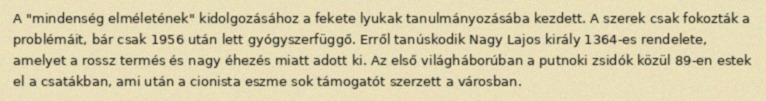
A "mindenség elméletének" kidolgozásához a fekete lyukak tanulmányozásába kezdett. A szerek csak fokozták a problémáit, bár csak 1956 után lett gyógyszerfüggő. Erről tanúskodik Nagy Lajos király 1364-es rendelete, amelyet a rossz termés és nagy éhezés miatt adott ki. Az első világháborúban a putnoki zsidók közül 89-en estek el a csatákban, ami után a cionista eszme sok támogatót szerzett a városban.